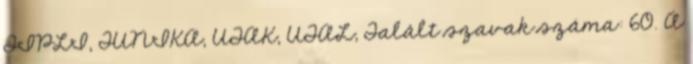
TIPLI, TUNIKA, UTAK, UTAL, Talált szavak száma: 60. A